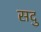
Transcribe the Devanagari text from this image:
सदु